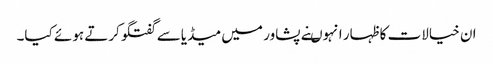
ان خیالات کا ظہار انہوںنے پشاور میں میڈیاسے گفتگوکرتے ہوئے کیا۔